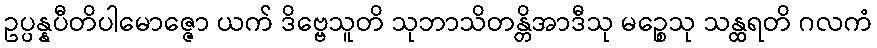
ဥပ္ပန္နပီတိပါမောဇ္ဇော ယက် ဒိဗ္ဗေသူတိ သုဘာသိတန္တိအာဒီသု မဉ္စေသု သန္ထရတိ ဂလကံ